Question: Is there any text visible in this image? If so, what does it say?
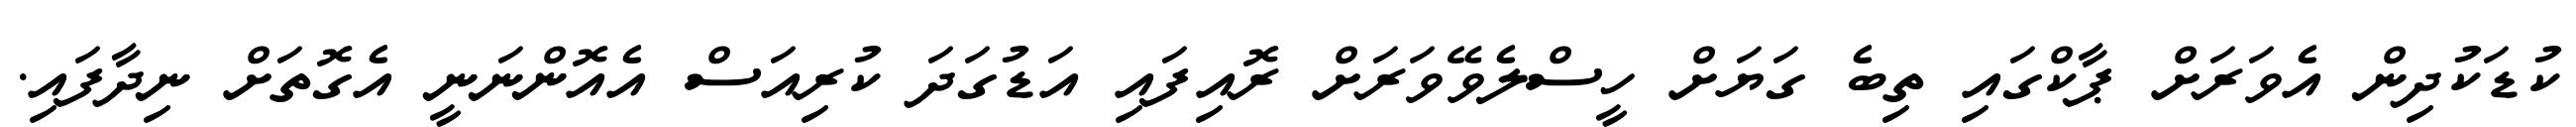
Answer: ކުޑަކުދިން އެވަރަށް ޕާކްގައި ތިބެ ގަޔަށް ހީސްލެވޭވަރަށް ރޮއިފައި އަޑުގަދަ ކުރިއަސް އެއޮންނަނީ އެގޮތަށް ނިދާފައި.